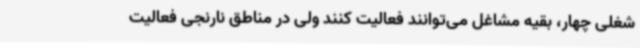
شغلی چهار، بقیه مشاغل می‌توانند فعالیت کنند ولی در مناطق نارنجی فعالیت